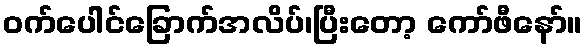
ဝက်ပေါင်ခြောက်အလိပ်၊ပြီးတော့ ကော်ဖီနော်။